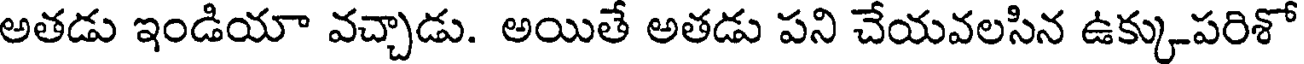
అతడు ఇండియా వచ్చాడు. అయితే అతడు పని చేయవలసిన ఉక్కుపరిశో